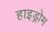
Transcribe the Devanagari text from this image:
हाइड्रोम